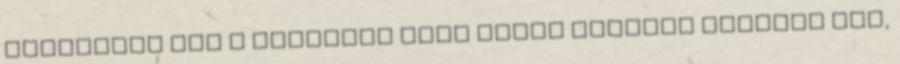
szakember már a hatvanas évek végén gépeket újított fel,